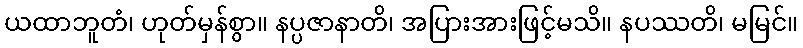
ယထာဘူတံ၊ ဟုတ်မှန်စွာ။ နပ္ပဇာနာတိ၊ အပြားအားဖြင့်မသိ။ နပဿတိ၊ မမြင်။